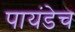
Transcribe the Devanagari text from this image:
पायंडेच